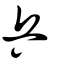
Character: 乒